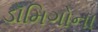
ડૉમિગોના